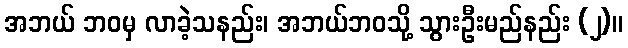
အဘယ် ဘဝမှ လာခဲ့သနည်း၊ အဘယ်ဘဝသို့ သွားဦးမည်နည်း (၂)။